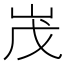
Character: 𡶔